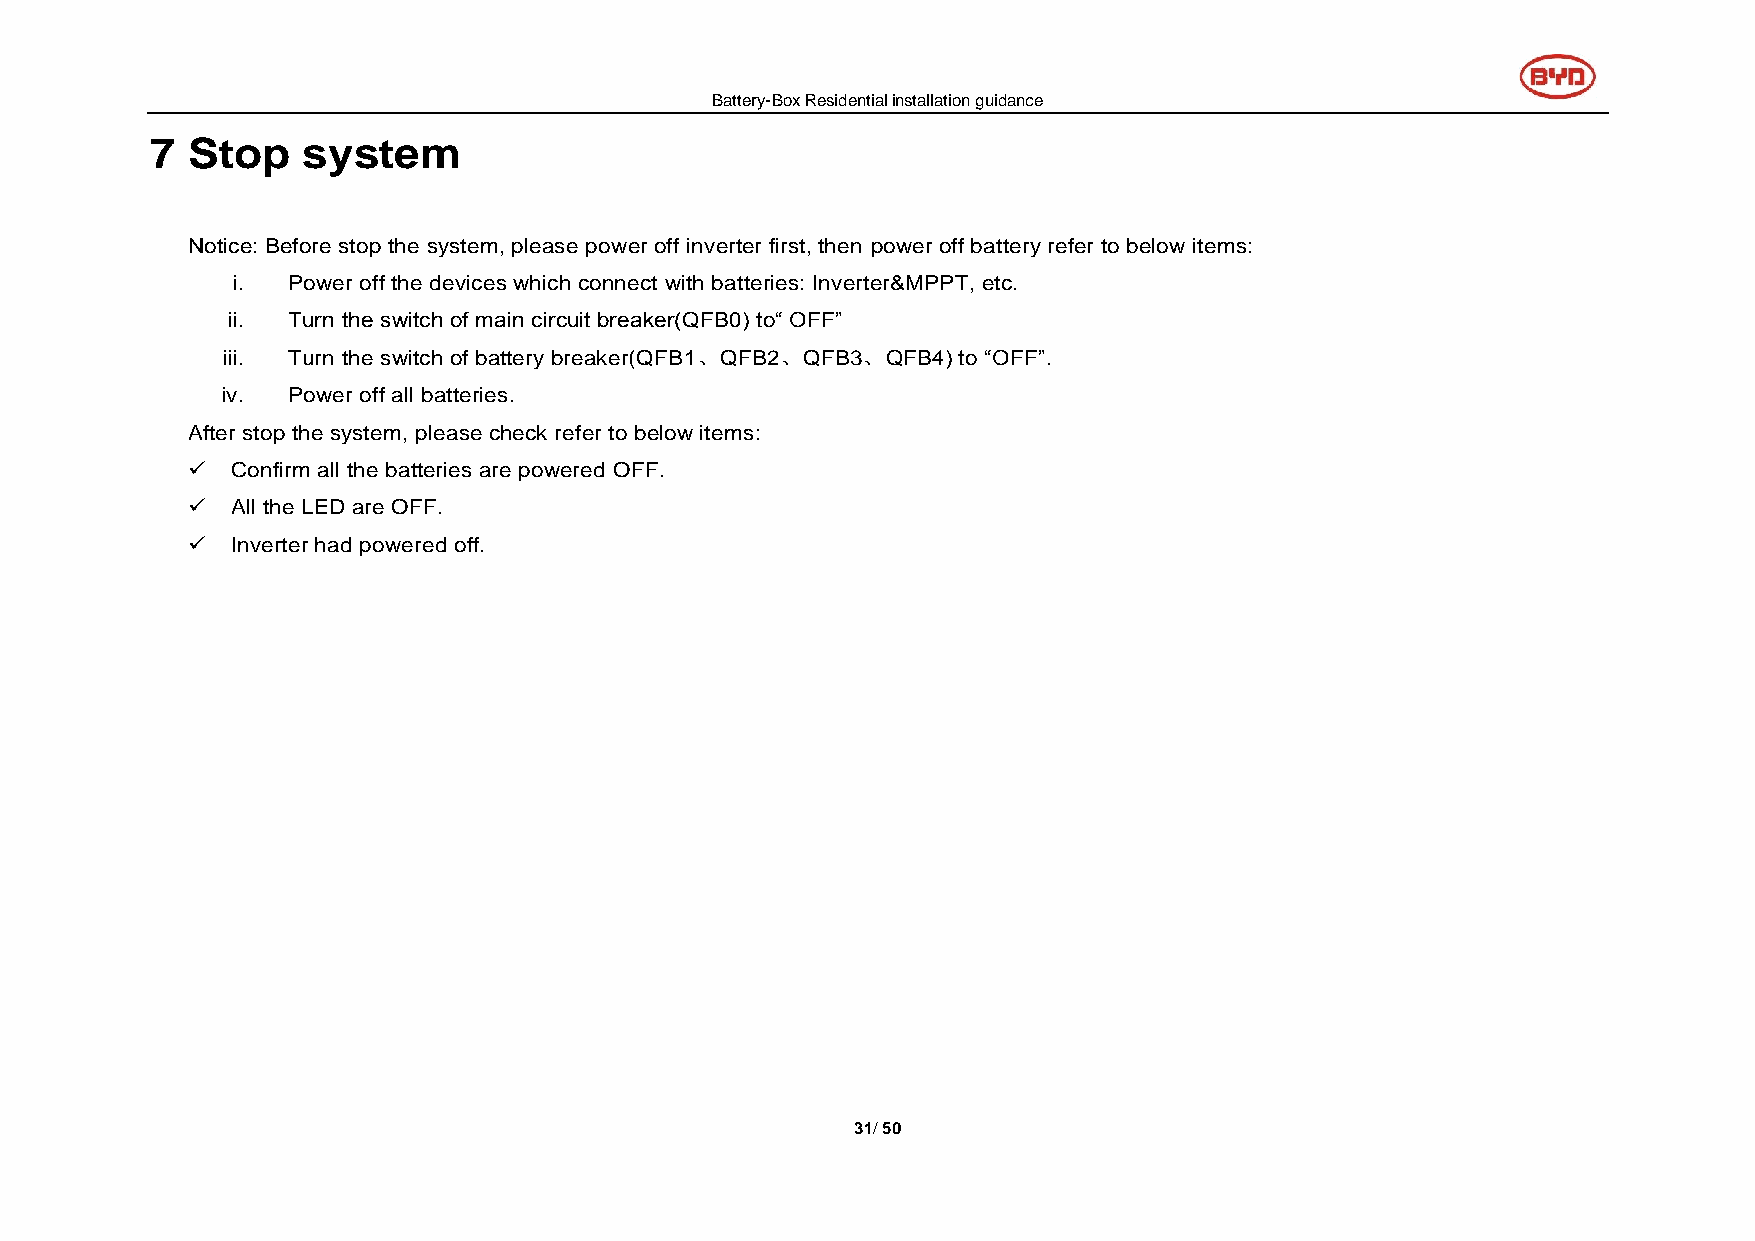
Battery-Box Residential installation guidance
 7 Stop    system
 Notice: Before stop the system, please power off inverter first, then power off battery refer to below items:
 i.  Power off the devices which connect with batteries: Inverter&MPPT, etc.
 ii. Turn the switch of main circuit breaker(QFB0) to“ OFF”
 iii. Turn the switch of battery breaker(QFB1、QFB2、QFB3、QFB4) to “OFF”.
 iv. Power off all batteries.
 After stop the system, please check refer to below items:
   Confirm all the batteries are powered OFF.
   All the LED are OFF.
   Inverter had powered off.
 31/ 50